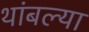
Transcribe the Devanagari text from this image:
थांबल्या